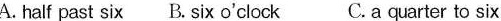
A.half past six B. Six o'clock C.aquarter to six